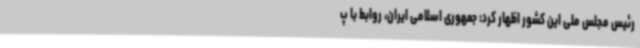
رئیس مجلس ملی این کشور اظهار کرد: جمهوری اسلامی ایران، روابط با پ